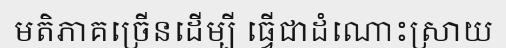
មតិភាគច្រើនដើម្បី ធ្វើជាដំណោះស្រាយ